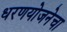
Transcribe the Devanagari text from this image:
धरणयोजनेचा